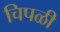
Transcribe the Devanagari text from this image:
चिपळी